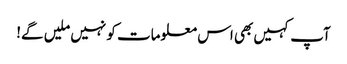
آپ کہیں بھی اس معلومات کو نہیں ملیں گے!